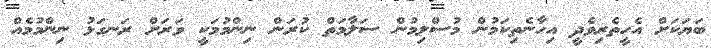
ބަޔަކަށް އެހީތެރިވެދީ އިހާނެތިކަމުން މުސްލިމުން ސަލާމަތް ކުރަން ނިންމުމަކީ ވަރަށް ރަނގަޅު ނިންމުމެއް